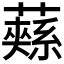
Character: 𮒚